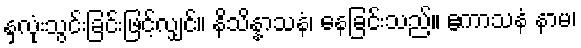
နှလုံးသွင်းခြင်းဖြင့်လျှင်။ နိသိန္နာသနံ၊ နေခြင်းသည်။ ဧကာသနံ နာမ၊